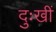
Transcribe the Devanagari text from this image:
दुःखीं